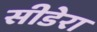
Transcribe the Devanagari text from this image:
सीडेरा